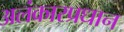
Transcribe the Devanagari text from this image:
अलंकारप्रधान